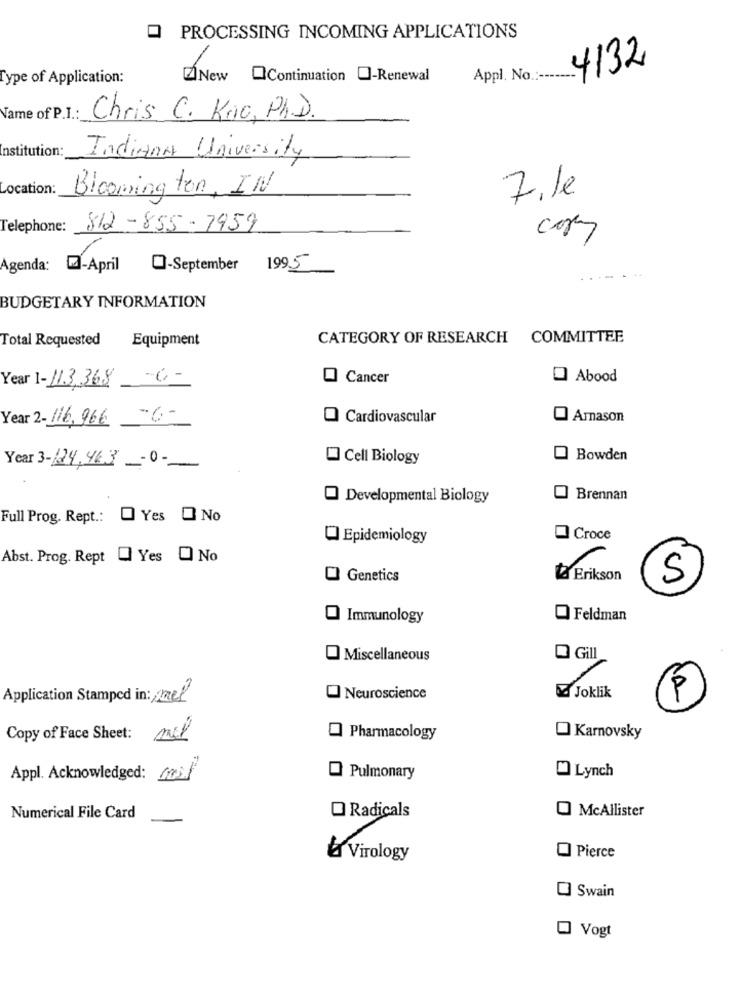
PROCESSING INCOMING APPLICATIONS
4132
Type of Application:
New QContinuation O-Renewal
Appl. No .:-----
Name of P.I .: Chris C. Krio, PH.D.
Institution:
Indiana University
Location:
Bloomington, IN
7.le
Telephone:
812-855-7959
Agenda: - April -September 1995
. .
BUDGETARY INFORMATION
Total Requested
Equipment
CATEGORY OF RESEARCH COMMITTEE
Year 1- 113,368 6-
Cancer
O Abood
Year 2- 116, 966 -6-
Cardiovascular
O Amason
Cell Biology
Bowden
Year 3- 24, 463-0 --
Developmental Biology
Brennan
Full Prog. Rept .:
Yes O No
Epidemiology
Croce
Abst. Prog. Rept [ Yes O No
O Genetics
5
rikson
Immunology
Feldman
Miscellaneous
Gill
Application Stamped in: mel
O Neuroscience
a Joklik
Copy of Face Sheet: mil
Pharmacology
Karnovsky
Lynch
Appl. Acknowledged: mil
O Pulmonary
McAllister
Numerical File Card
O Radicals
Virology
Pierce
Swain
Vogt